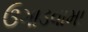
ઉગાડવામા